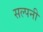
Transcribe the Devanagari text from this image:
सल्पनी